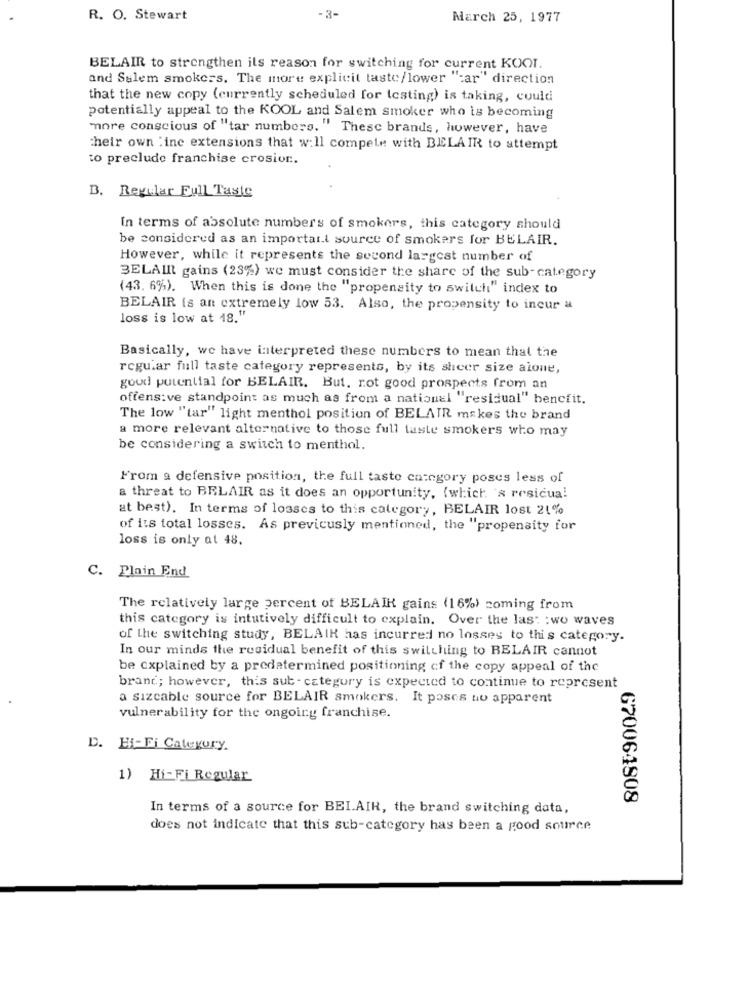
R. O. Stewart
-R-
March 25, 1977
BELAIR to strengthen ils reason for switching for current KOOI.
and Salem smokers. The more explicit taste/lower "car" direction
that the new copy (currently scheduled for testing) is taking, could
potentially appeal to the KOOL and Salem smoker who is becoming
"more conscious of "tar numbers. " These brands, however, have
their own :ine extensions that will compete with BELAIR to attempt
to preclude franchise crosion.
B. Regular Full Taste
In terms of absolute numbers of smokers, this category should
be considered as an important source of smokers for BELAIR.
However, while it represents the second largest number of
BELAIR gains (23%) we must consider the share of the sub-category
(43. 6%). When this is done the "propensity to switch" index to
BELAIR is an extremely low 53. Also, the propensity to incur a
loss is low at 18."
Basically, we have interpreted these numbers to mean that the
regular full taste category represents, by its sheer size alone,
goud potential for BELAIR. But, rot good prospects from an
offens:ve standpoint as much as from a national "residual" benefit.
The low "tar" light menthol position of BELAIR makes the brand
a more relevant alternative to those full taste smokers who may
be considering a switch to menthol.
From a defensive position, the full taste category poses less of
a threat to BELAIR as it does an opportunity, (which 's residua!
at best). In terms of losses to this category, BELAIR lost 21%
of its total losses. As previcusly mentioned, the "propensity for
loss is only at 48.
C. Plain End
The relatively large percent of BELAIR gains (16%) coming from
this category is intutively difficult to explain. Over the last :wo waves
of the switching study, BELAIK has incurred no losses to this category.
In our minds the residual benefit of this switching to BELAIR cannot
be explained by a predetermined positioning cf the copy appeal of the
brand; however, this sub - category is expected to continue to represent
a sizcable source for BELAIR smokers. It poses no apparent
vulnerability for the ongoing franchise.
D. Hi-Fi Category.
1) Hi- Fi Regular
670064808
In terms of a source for BEI.AIR, the brand switching data,
does not indicate that this sub-category has been a good source